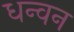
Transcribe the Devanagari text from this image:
धन्वन